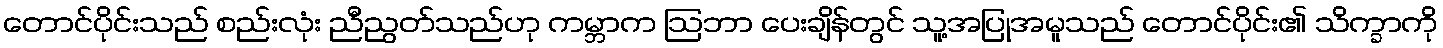
တောင်ပိုင်းသည် စည်းလုံး ညီညွတ်သည်ဟု ကမ္ဘာက ဩဘာ ပေးချိန်တွင် သူ့အပြုအမူသည် တောင်ပိုင်း၏ သိက္ခာကို